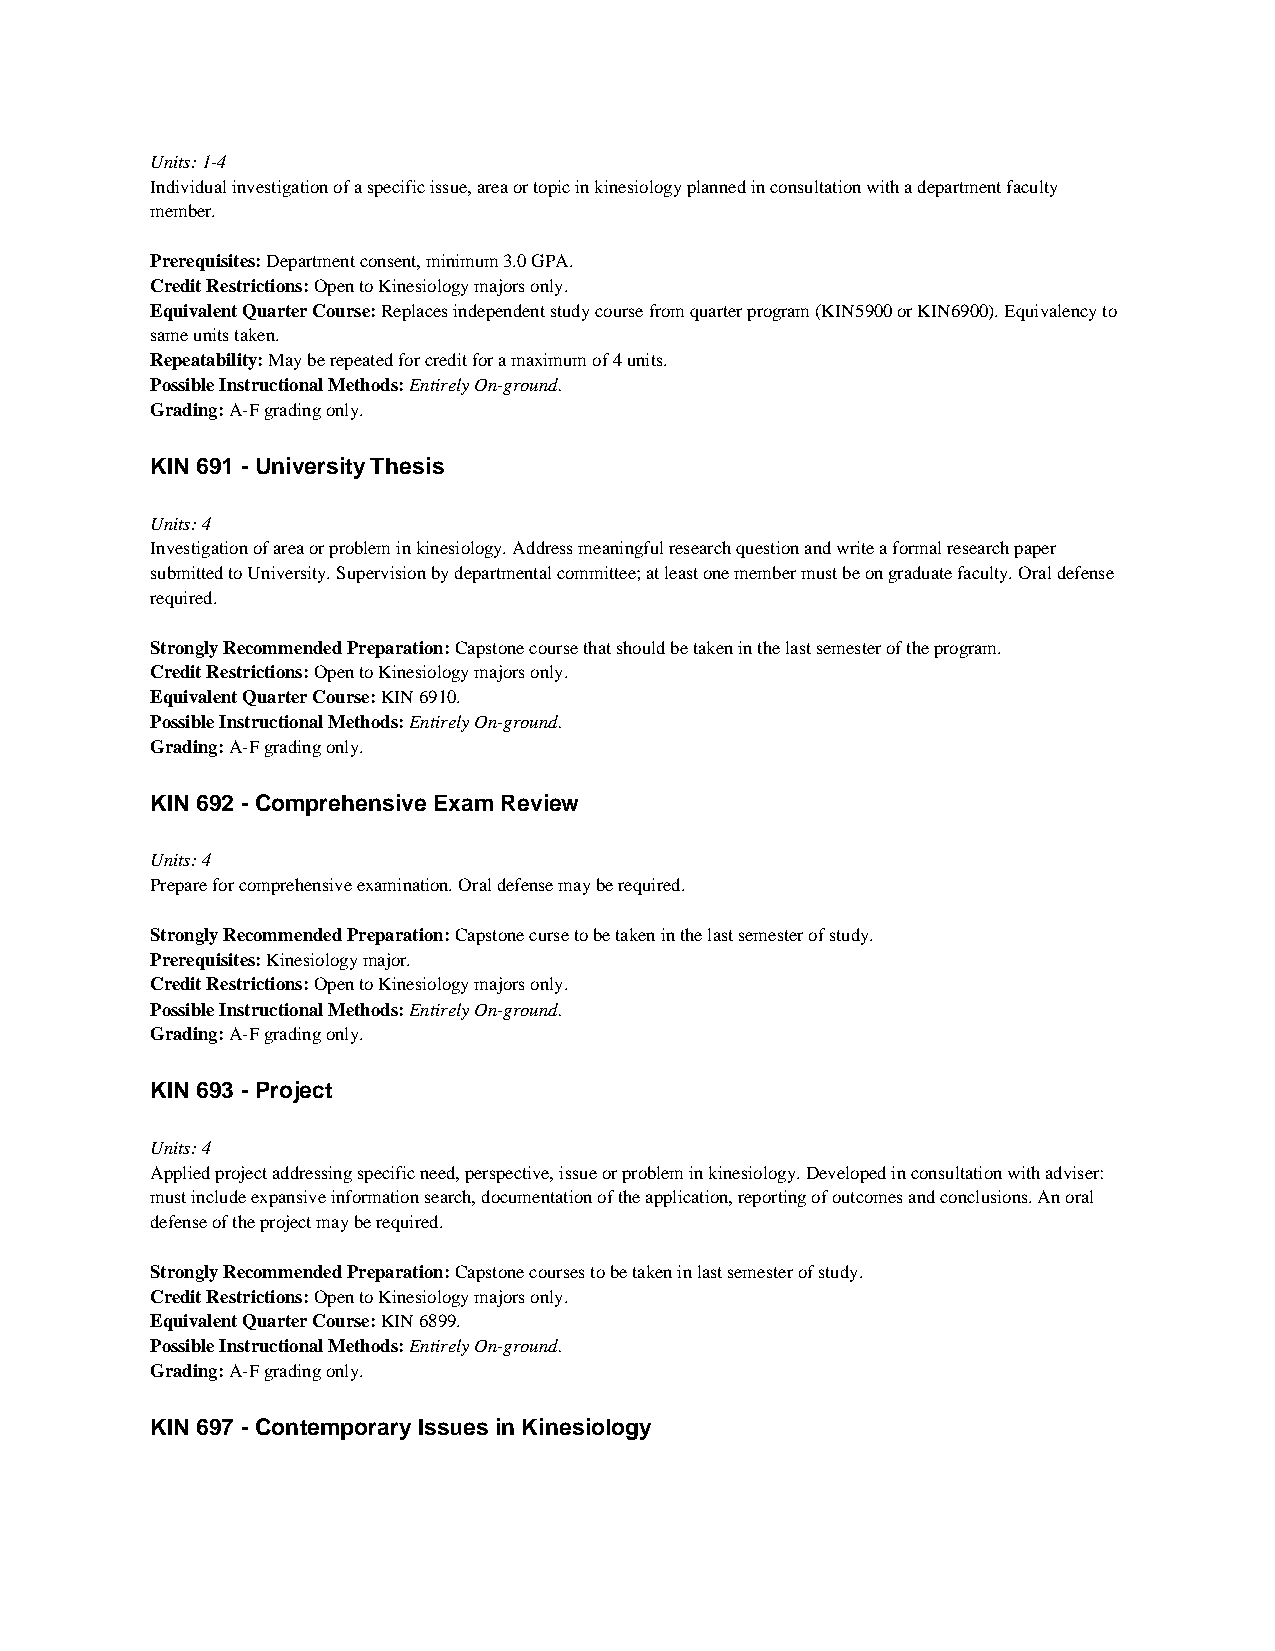
Units: 1-4
 Individual investigation of a specific issue, area or topic in kinesiology planned in consultation with a department faculty
 member.
 Prerequisites: Department consent, minimum 3.0 GPA.
 Credit Restrictions: Open to Kinesiology majors only.
 Equivalent Quarter Course: Replaces independent study course from quarter program (KIN5900 or KIN6900). Equivalency to
 same units taken.
 Repeatability: May be repeated for credit for a maximum of 4 units.
 Possible Instructional Methods: Entirely On-ground.
 Grading: A-F grading only.
 KIN 691 - University Thesis
 Units: 4
 Investigation of area or problem in kinesiology. Address meaningful research question and write a formal research paper
 submitted to University. Supervision by departmental committee; at least one member must be on graduate faculty. Oral defense
 required.
 Strongly Recommended Preparation: Capstone course that should be taken in the last semester of the program.
 Credit Restrictions: Open to Kinesiology majors only.
 Equivalent Quarter Course: KIN 6910.
 Possible Instructional Methods: Entirely On-ground.
 Grading: A-F grading only.
 KIN 692 - Comprehensive Exam Review
 Units: 4
 Prepare for comprehensive examination. Oral defense may be required.
 Strongly Recommended Preparation: Capstone curse to be taken in the last semester of study.
 Prerequisites: Kinesiology major.
 Credit Restrictions: Open to Kinesiology majors only.
 Possible Instructional Methods: Entirely On-ground.
 Grading: A-F grading only.
 KIN 693 - Project
 Units: 4
 Applied project addressing specific need, perspective, issue or problem in kinesiology. Developed in consultation with adviser:
 must include expansive information search, documentation of the application, reporting of outcomes and conclusions. An oral
 defense of the project may be required.
 Strongly Recommended Preparation: Capstone courses to be taken in last semester of study.
 Credit Restrictions: Open to Kinesiology majors only.
 Equivalent Quarter Course: KIN 6899.
 Possible Instructional Methods: Entirely On-ground.
 Grading: A-F grading only.
 KIN 697 - Contemporary Issues in Kinesiology